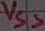
Text: VSS